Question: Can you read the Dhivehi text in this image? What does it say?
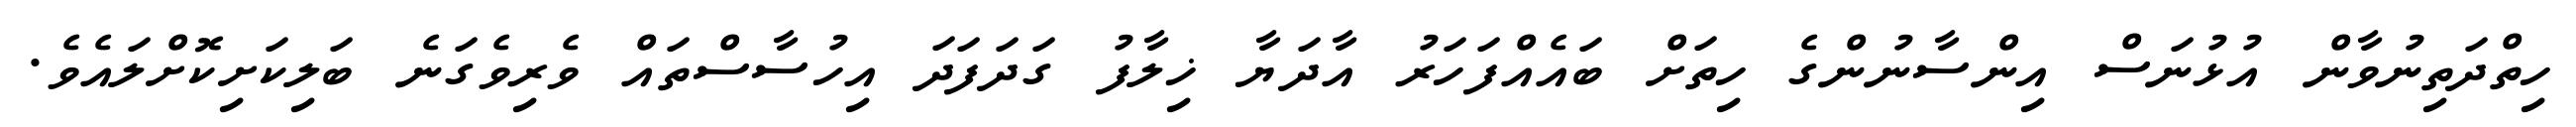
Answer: ހިތްދަތިނުވާން އުޅުނަސް އިންސާނުންގެ ހިތަށް ބައެއްފަހަރު އާދަޔާ ޚިލާފު ގަދަފަދަ އިހުސާސްތައް ވެރިވެގަނެ ބަލިކަށިކޮށްލައެވެ.